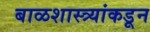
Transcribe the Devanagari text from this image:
बाळशास्त्र्यांकडून